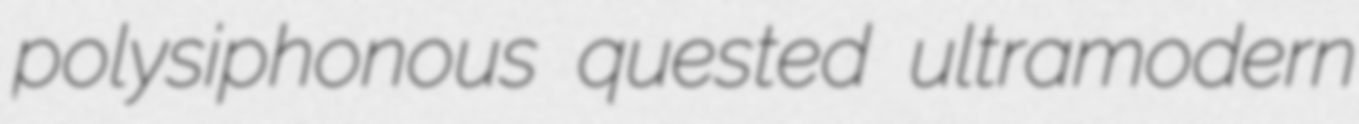
polysiphonous quested ultramodern